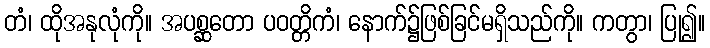
တံ၊ ထိုအနုလုံကို။ အပစ္ဆတော ပဝတ္တိကံ၊ နောက်၌ဖြစ်ခြင်မရှိသည်ကို။ ကတွာ၊ ပြု၍။